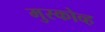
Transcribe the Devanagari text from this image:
मुस्कोव्ह